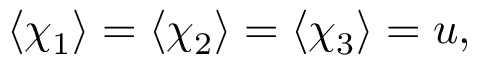
\langle \chi _ { 1 } \rangle = \langle \chi _ { 2 } \rangle = \langle \chi _ { 3 } \rangle = u ,